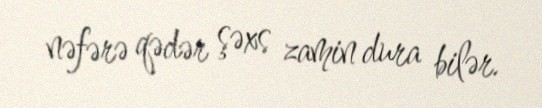
nəfərə qədər şəxs zamin dura bilər.